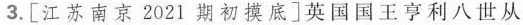
3.[江苏南京2021期初摸底]英国国王亨利八世从